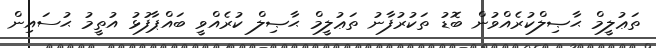
ތަޢުލީމް ޙާޞިލްކުރެއްވުން ބޮޑު ތަކުރުފާނު ތަޢުލީމް ޙާޞިލް ކުރެއްވީ ބައްޕާފުޅު އުތީމު ޙުސައިން